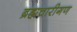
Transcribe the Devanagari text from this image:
ब्रह्मचारीगण